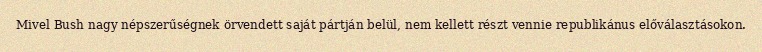
Mivel Bush nagy népszerűségnek örvendett saját pártján belül, nem kellett részt vennie republikánus előválasztásokon.